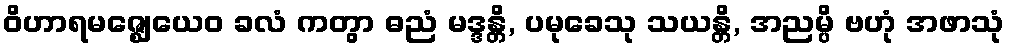
ဝိဟာရမဇ္ဈေယေဝ ခလံ ကတွာ ဓညံ မဒ္ဒန္တိ, ပမုခေသု သယန္တိ, အညမ္ပိ ဗဟုံ အဖာသုံ